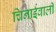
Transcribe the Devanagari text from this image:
चिनाईवालीं